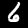
Digit: 6